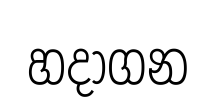
හදාගන